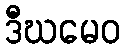
ဒီဃမေဝ